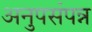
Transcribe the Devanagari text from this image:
अनुपसंपन्न